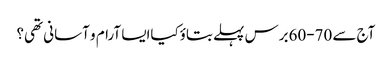
آج سے 70-60برس پہلے بتاؤکیاایسا آرام و آسانی تھی؟